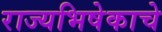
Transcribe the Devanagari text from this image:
राज्यभिषेकाचे